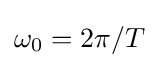
\omega _{0}=2\pi /T